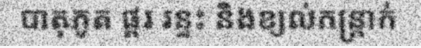
បាតុភូត ផ្គរ រន្ទះ និងខ្យល់កន្ត្រាក់